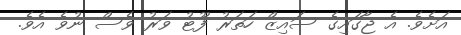
އަށެވެ. އެ ޖާގައިގެ ސައިޒް ހަތަރު ފޫޓު ވަރު ވެސް ނުވެ އެވެ.